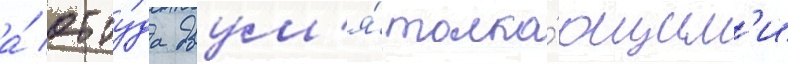
а́ отту́да двум'я́ толка́ющим'и